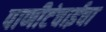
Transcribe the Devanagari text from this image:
पाणीटंचाईचा